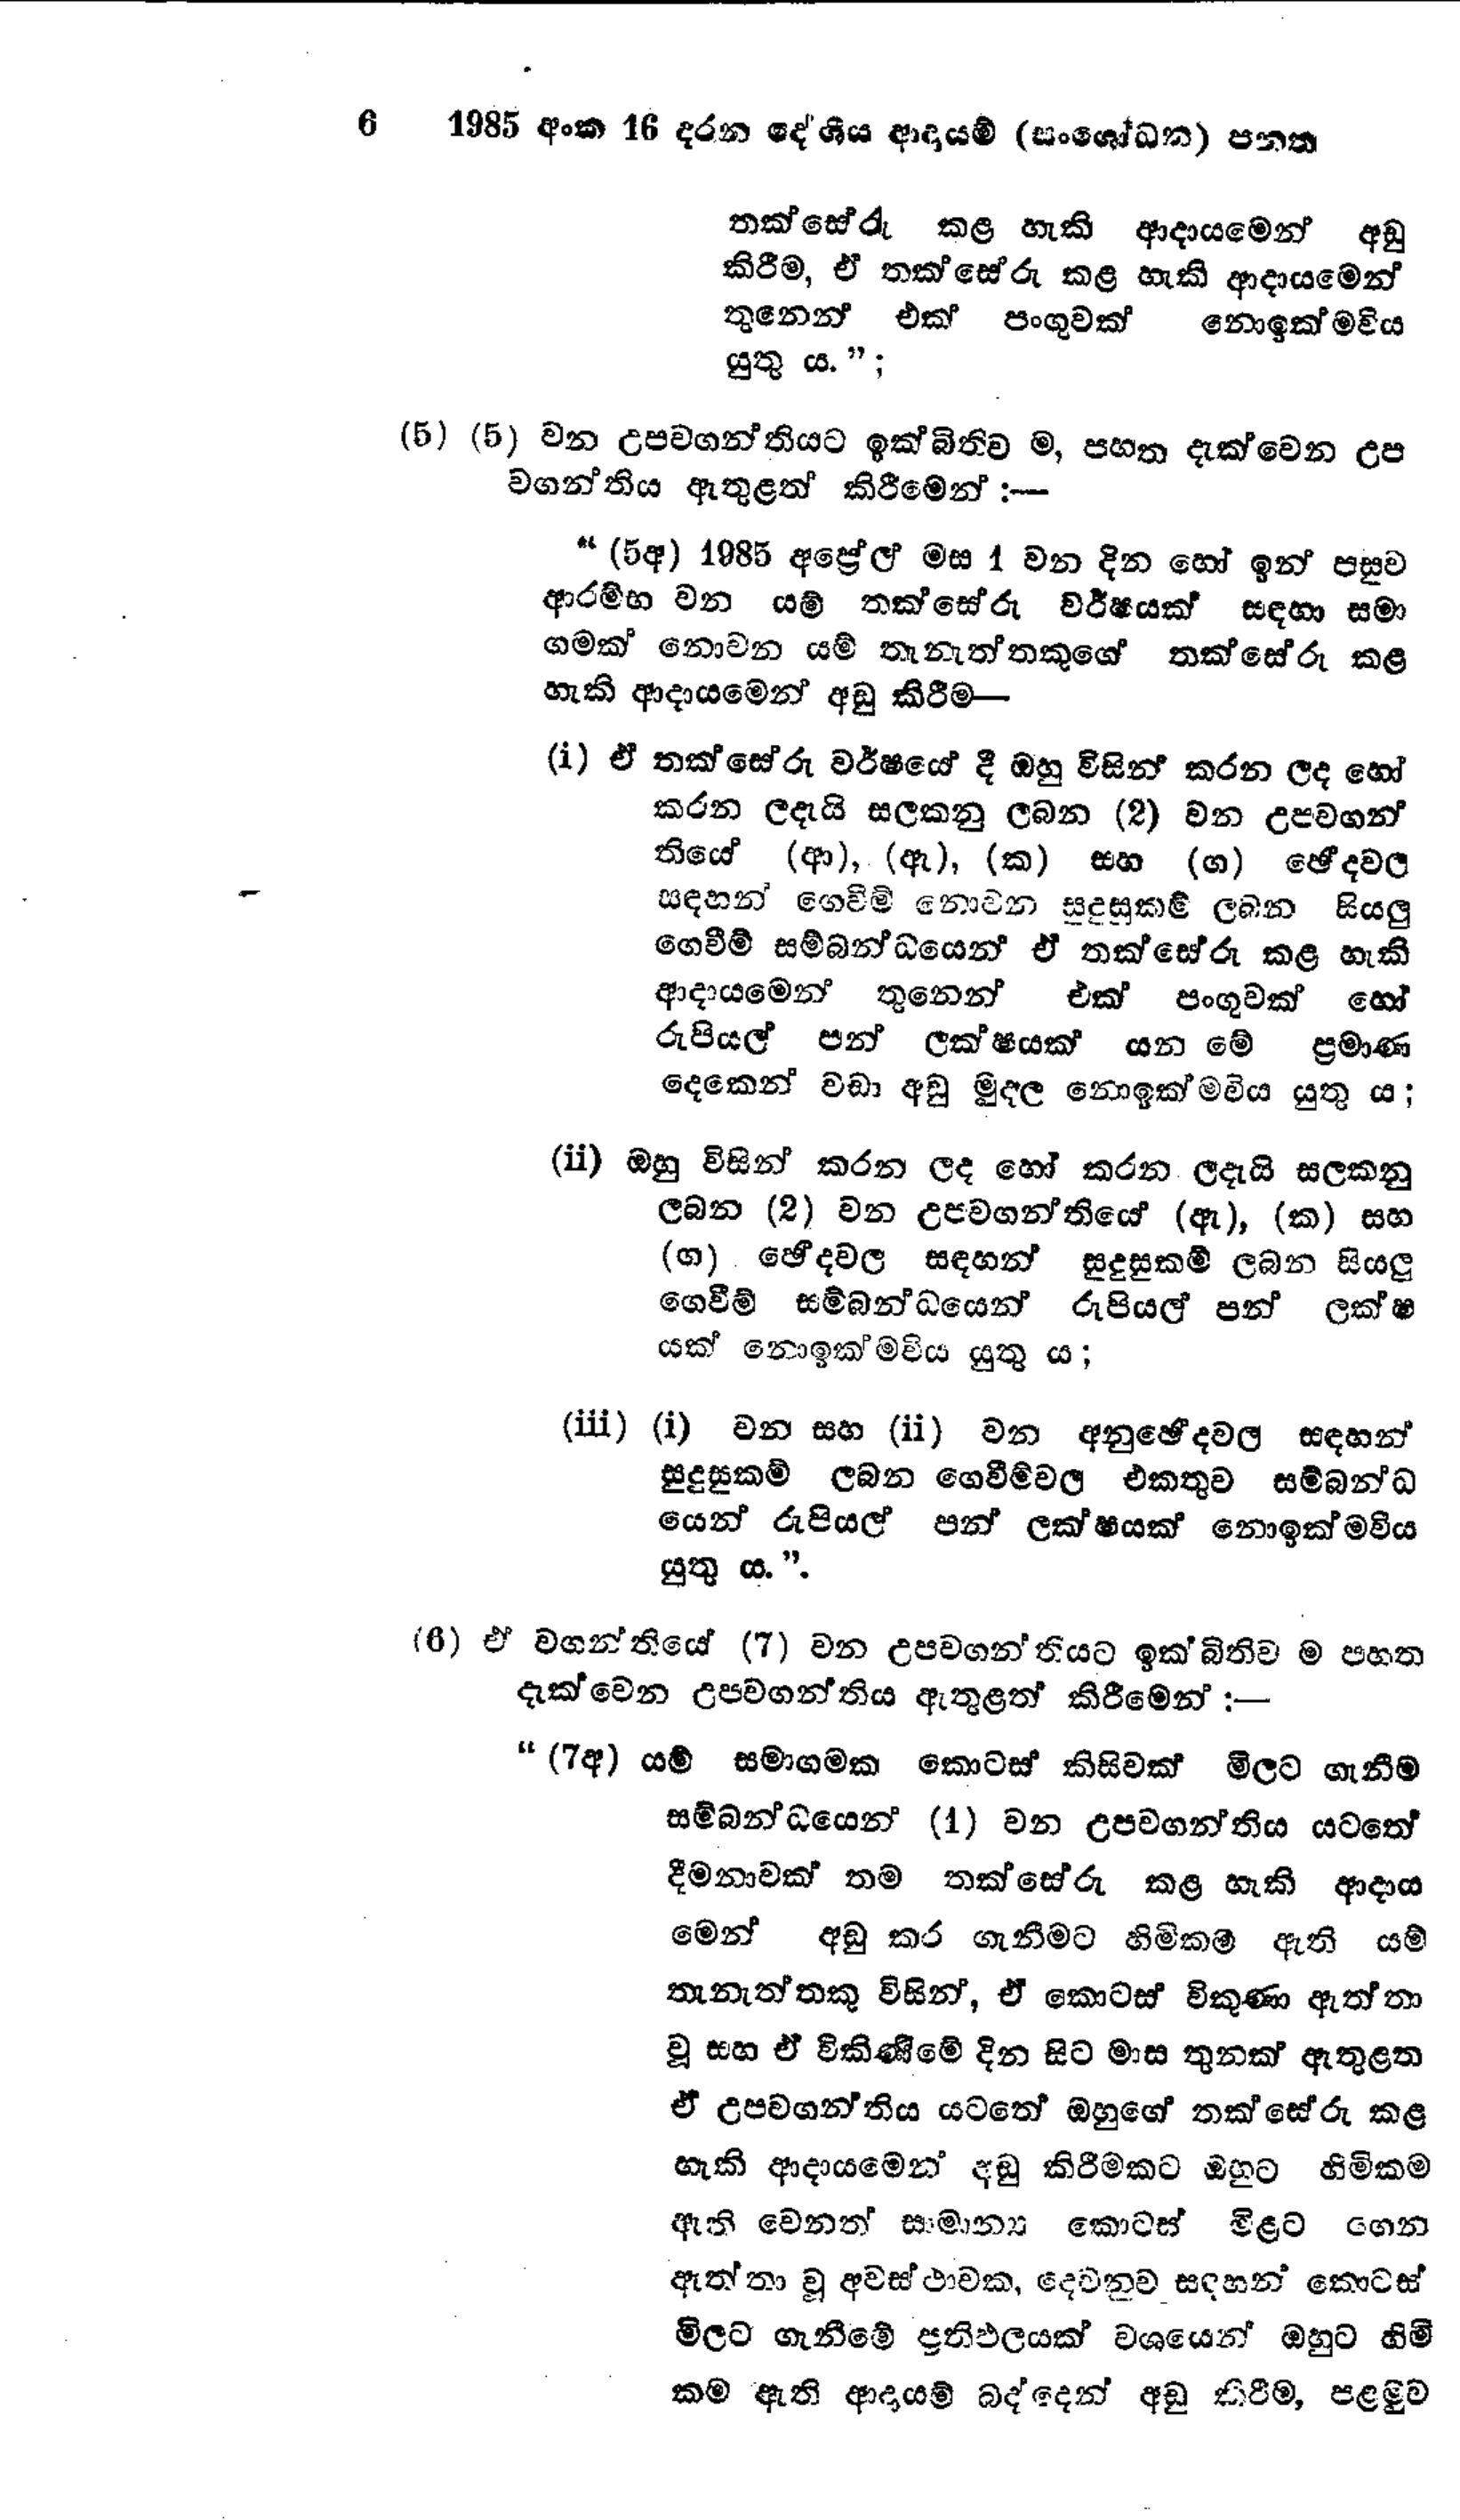
6 1985 අංක 16 දරන දේශීය ආදායම් (සංශෝධන) පනත

තක්සේරු කළ හැකි ආදායමෙන් අඩු
කිරීම, ඒ තක්සේරු කළ හැකි ආදායමෙන්
තුනෙන් එක පංගුවක් නොඉක්මවිය
යුතු ය.";

(5) (5) වන උපවගන්තියට ඉක්බිතිව ම, පහත දැක්වෙන උප
වගන්තිය ඇතුළත් කිරීමෙන් :-

"(5අ ) 1985 අප්‍රේල් මස 1 වන දින හෝ ඉන් පසුව
ආරම්භ වන යම් තක්සේරු වර්ෂයක් සඳහා සමා
ගමක් නොවන යම් තැනැත්තකුගේ තක්සේරු කළ
හැකි ආදායමෙන් අඩු කිරීම—

(i) ඒ තක්සේරු වර්ෂයේ දී ඔහු විසින් කරන ලද හෝ
කරන ලදැයි සලකනු ලබන (2) වන උපවගන්
තියේ (ආ), (ඇ), (ක) සහ (ග) ඡේදවල
සඳහන් ගෙවීම් නොවන සුදුසුකම් ලබන සියලු
ගෙවීම් සම්බන්ධයෙන් ඒ තක්සේරු කළ හැකි
ආදායමෙන් තුනෙන් එක පංගුවක් හෝ
රුපියල් පන් ලක්ෂයක් යන මේ ප්‍රමාණ
දෙකෙන් වඩා අඩු මුදල නොඉක්මවිය යුතු ය;

(ii) ඔහු විසින් කරන ලද හෝ කරන ලදැයි සලකනු
ලබන (2) වන උපවගන්තියේ (ඇ), (ක) සහ
(ග) ඡේදවල සඳහන් සුදුසුකම් ලබන සියලු
ගෙවීම් සම්බන්ධයෙන් රුපියල් පන් ලක්ෂ
යක් නොඉක්මවිය යුතු ය;

(iii) (i) වන සහ (ii) වන අනුඡේදවල සඳහන්
සුදුසුකම් ලබන ගෙවීම්වල එකතුව සම්බන්ධ
යෙන් රුපියල් පන් ලක්ෂයක් නොඉක්මවිය
යුතු ය.".

(6) ඒ වගන්තියේ (7) වන උපවගන්තියට ඉක්බිතිව ම පහත
දැක්වෙන උපවගන්තිය ඇතුළත් කිරීමෙන් :-

"(7අ) යම් සමාගමක කොටස කිසිවක් මිලට ගැනීම
සම්බන්ධයෙන් (1) වන උපවගන්තිය යටතේ
දීමනාවක් තම තක්සේරු කළ හැකි ආදාය
මෙන් අඩු කර ගැනීමට හිමිකම් ඇති යම්
තැනැත්තකු විසින්, ඒ කොටස් විකුණා ඇත්තා
වූ සහ ඒ විකිණීමේ දින සිට මාස තුනක් ඇතුළත
ඒ උපවගන්තිය යටතේ ඔහුගේ තක්සේරු කළ
හැකි ආදායමෙන් අඩු කිරීමකට ඔහුට හිමිකම
ඇති වෙනත් සාමාන්‍ය කොටස් මිළට ගෙන
ඇත්තා වූ අවස්ථාවක, දෙවනුව සඳහන් කොටස්
මිලට ගැනීමේ ප්‍රතිඵලයක් වශයෙන් ඔහුට හිමි
කම ඇති ආදායම් බද්දෙන් අඩු කිරීම, පළමුව